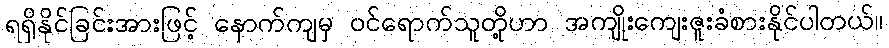
ရရှိနိုင်ခြင်းအားဖြင့် နောက်ကျမှ ဝင်ရောက်သူတို့ဟာ အကျိုးကျေးဇူးခံစားနိုင်ပါတယ်။